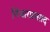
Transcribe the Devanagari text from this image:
निंधारप्रासाद